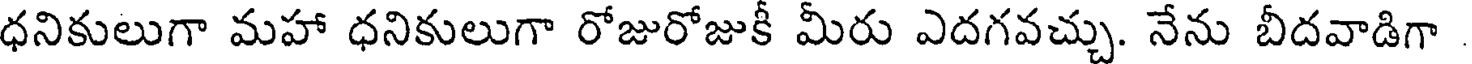
ధనికులుగా మహా ధనికులుగా రోజురోజుకీ మీరు ఎదగవచ్చు. నేను బీదవాడిగా